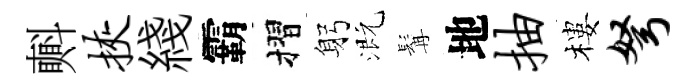
㪺挟綫霸摺躬溉髯地抽樓弩